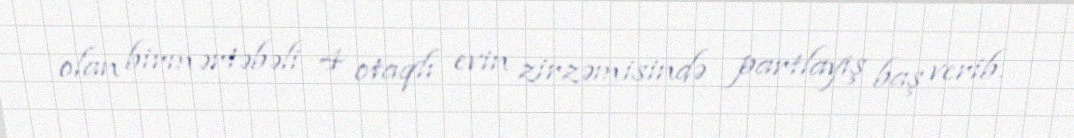
olan birmərtəbəli 4 otaqlı evin zirzəmisində partlayış baş verib.